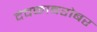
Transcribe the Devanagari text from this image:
देवळाबरोबर